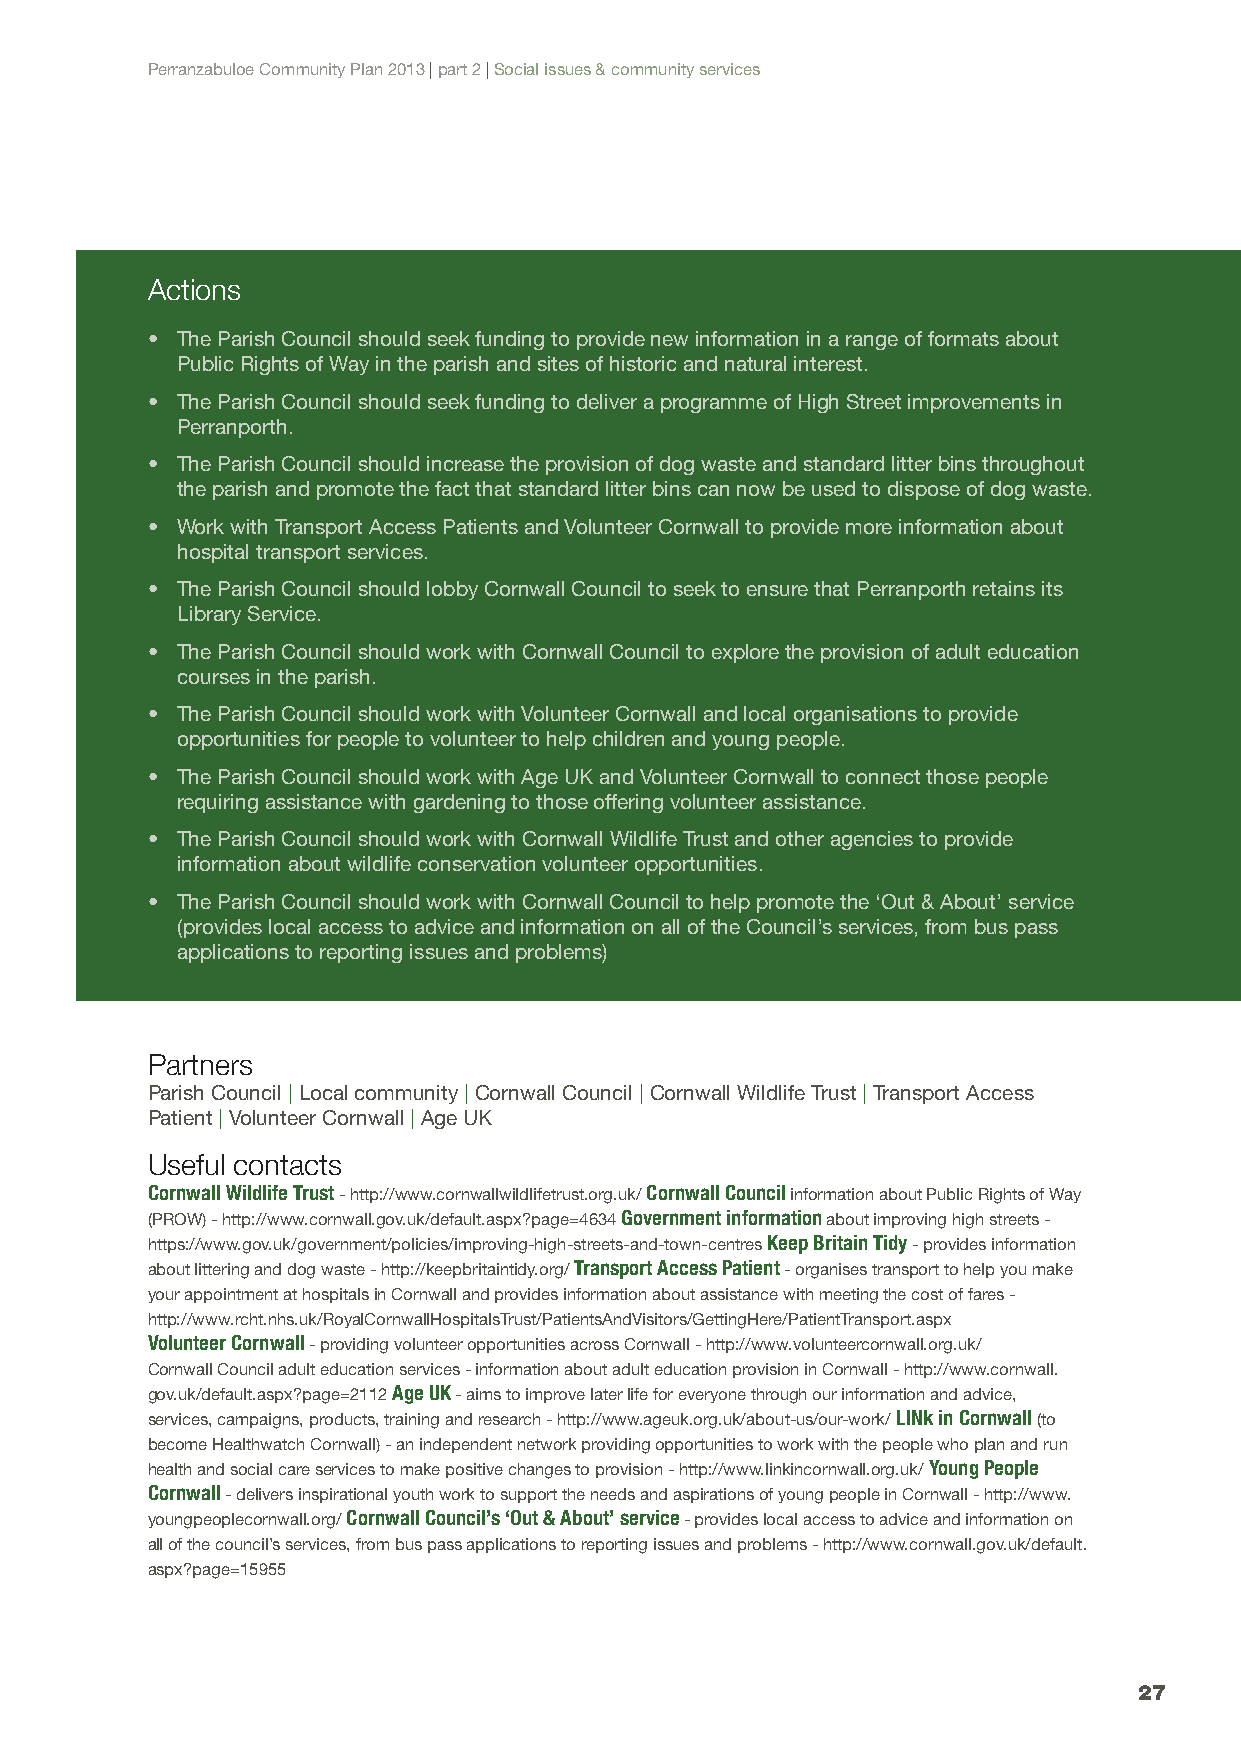
Perranzabuloe Community Plan 2013 | part 2 | Social issues & community services
 Actions
 • The Parish Council should seek funding to provide new information in a range of formats about
 Public Rights of Way in the parish and sites of historic and natural interest.
 • The Parish Council should seek funding to deliver a programme of High Street improvements in
 Perranporth.
 • The Parish Council should increase the provision of dog waste and standard litter bins throughout
 the parish and promote the fact that standard litter bins can now be used to dispose of dog waste.
 • Work with Transport Access Patients and Volunteer Cornwall to provide more information about
 hospital transport services.
 • The Parish Council should lobby Cornwall Council to seek to ensure that Perranporth retains its
 Library Service.
 • The Parish Council should work with Cornwall Council to explore the provision of adult education
 courses in the parish.
 • The Parish Council should work with Volunteer Cornwall and local organisations to provide
 opportunities for people to volunteer to help children and young people.
 • The Parish Council should work with Age UK and Volunteer Cornwall to connect those people
 requiring assistance with gardening to those offering volunteer assistance.
 • The Parish Council should work with Cornwall Wildlife Trust and other agencies to provide
 information about wildlife conservation volunteer opportunities.
 • The Parish Council should work with Cornwall Council to help promote the ‘Out & About’ service
 (provides local access to advice and information on all of the Council’s services, from bus pass
 applications to reporting issues and problems)
 Partners
 Parish Council | Local community | Cornwall Council | Cornwall Wildlife Trust | Transport Access
 Patient | Volunteer Cornwall | Age UK
 Useful contacts
 Cornwall Wildlife Trust - http://www.cornwallwildlifetrust.org.uk/ Cornwall Council information about Public Rights of Way
 (PROW) - http://www.cornwall.gov.uk/default.aspx?page=4634 Government information about improving high streets -
 https://www.gov.uk/government/policies/improving-high-streets-and-town-centres Keep Britain Tidy - provides information
 about littering and dog waste - http://keepbritaintidy.org/ Transport Access Patient - organises transport to help you make
 your appointment at hospitals in Cornwall and provides information about assistance with meeting the cost of fares -
 http://www.rcht.nhs.uk/RoyalCornwallHospitalsTrust/PatientsAndVisitors/GettingHere/PatientTransport.aspx
 Volunteer Cornwall - providing volunteer opportunities across Cornwall - http://www.volunteercornwall.org.uk/
 Cornwall Council adult education services - information about adult education provision in Cornwall - http://www.cornwall.
 gov.uk/default.aspx?page=2112 Age UK - aims to improve later life for everyone through our information and advice,
 services, campaigns, products, training and research - http://www.ageuk.org.uk/about-us/our-work/ LINk in Cornwall (to
 become Healthwatch Cornwall) - an independent network providing opportunities to work with the people who plan and run
 health and social care services to make positive changes to provision - http://www.linkincornwall.org.uk/ Young People
 Cornwall - delivers inspirational youth work to support the needs and aspirations of young people in Cornwall - http://www.
 youngpeoplecornwall.org/ Cornwall Council’s ‘Out & About’ service - provides local access to advice and information on
 all of the council’s services, from bus pass applications to reporting issues and problems - http://www.cornwall.gov.uk/default.
 aspx?page=15955
 27